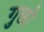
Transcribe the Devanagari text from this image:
गुछो